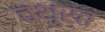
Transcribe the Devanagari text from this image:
चथुर्त